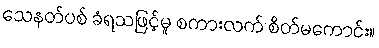
သေနတ်ပစ် ခံရသဖြင့်မူ စကားလက် စိတ်မကောင်း။